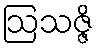
ဩသဇ္ဇိ